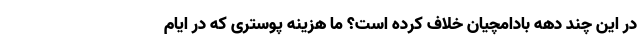
در این چند دهه بادامچیان خلاف کرده است؟ ما هزینه پوستری که در ایام